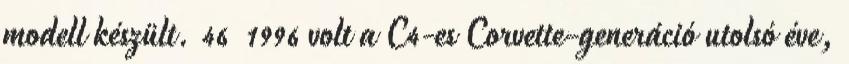
modell készült. 46 1996 volt a C4-es Corvette-generáció utolsó éve,